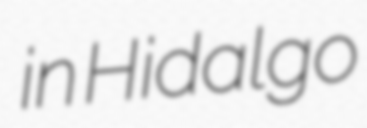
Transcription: in Hidalgo